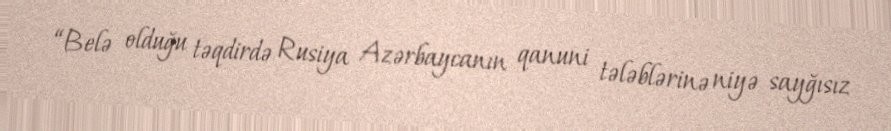
“Belə olduğu təqdirdə Rusiya Azərbaycanın qanuni tələblərinə niyə sayğısız